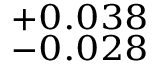
^ { + 0 . 0 3 8 } _ { - 0 . 0 2 8 }